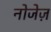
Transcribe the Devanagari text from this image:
नोजेज़